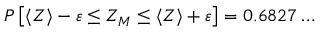
P \left[ \langle Z \rangle - \varepsilon \le Z _ { M } \le \langle Z \rangle + \varepsilon \right] = 0 . 6 8 2 7 \dots